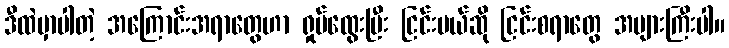
ဒီထဲမှာပါတဲ့ အကြောင်းအရာတွေဟာ ရှုပ်ထွေးပြီး ငြင်းမယ်ဆို ငြင်းစရာတွေ အများကြီးပါ။